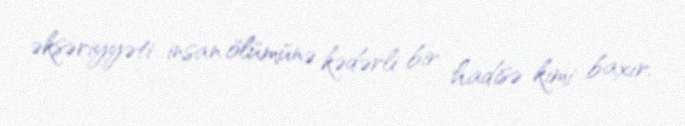
əksəriyyəti insan ölümünə kədərli bir hadisə kimi baxır.